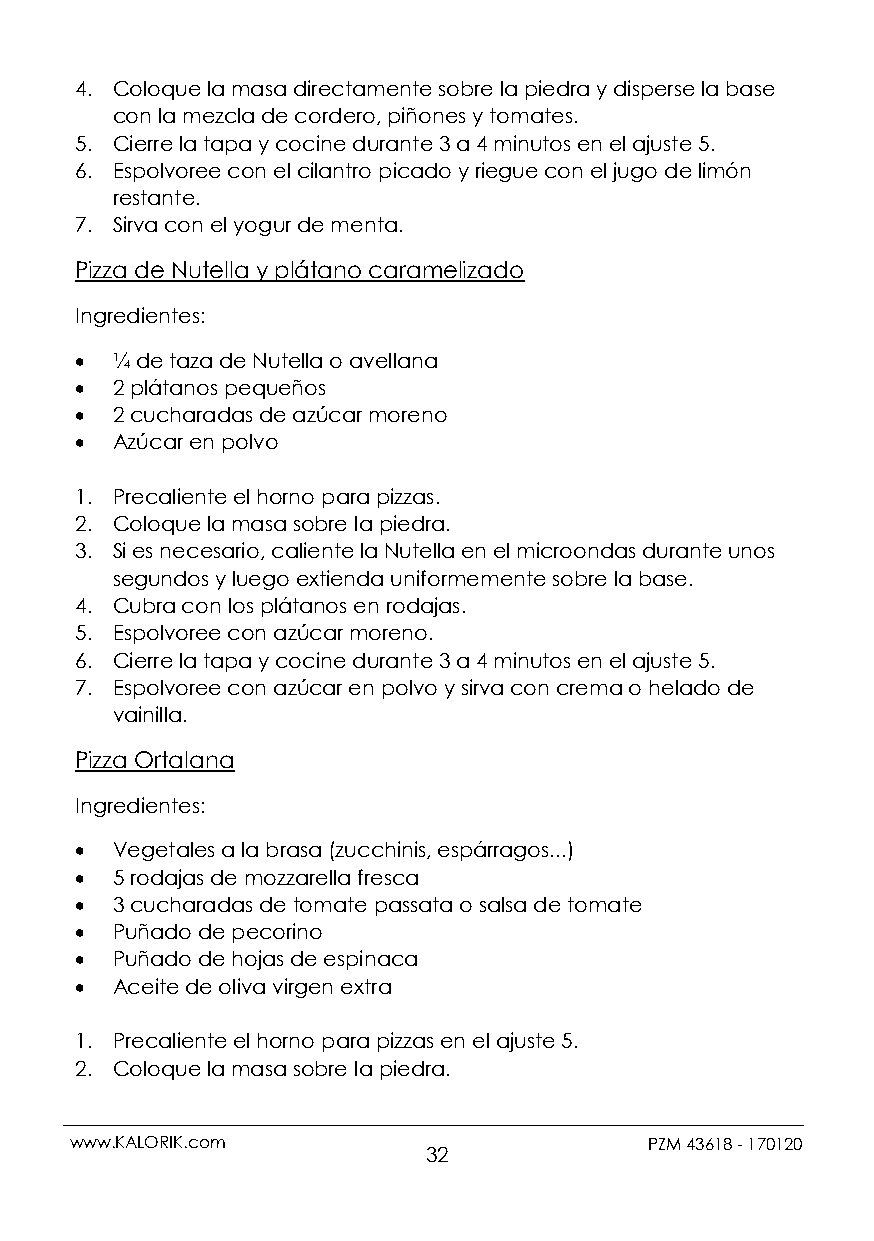
4. Coloque la masa directamente sobre la piedra y disperse la base
 con la mezcla de cordero, piñones y tomates.
 5. Cierre la tapa y cocine durante 3 a 4 minutos en el ajuste 5.
 6. Espolvoree con el cilantro picado y riegue con el jugo de limón
 restante.
 7. Sirva con el yogur de menta.
 Pizza de Nutella y plátano caramelizado
 Ingredientes:
  ¼ de taza de Nutella o avellana
  2 plátanos pequeños
  2 cucharadas de azúcar moreno
  Azúcar en polvo
 1. Precaliente el horno para pizzas.
 2. Coloque la masa sobre la piedra.
 3. Si es necesario, caliente la Nutella en el microondas durante unos
 segundos y luego extienda uniformemente sobre la base.
 4. Cubra con los plátanos en rodajas.
 5. Espolvoree con azúcar moreno.
 6. Cierre la tapa y cocine durante 3 a 4 minutos en el ajuste 5.
 7. Espolvoree con azúcar en polvo y sirva con crema o helado de
 vainilla.
 Pizza Ortalana
 Ingredientes:
  Vegetales a la brasa (zucchinis, espárragos...)
  5 rodajas de mozzarella fresca
  3 cucharadas de tomate passata o salsa de tomate
  Puñado de pecorino
  Puñado de hojas de espinaca
  Aceite de oliva virgen extra
 1. Precaliente el horno para pizzas en el ajuste 5.
 2. Coloque la masa sobre la piedra.
 www.KALORIK.com                       PZM 43618 - 170120
 32